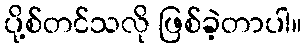
ပို့စ်တင်သလို ဖြစ်ခဲ့တာပါ။